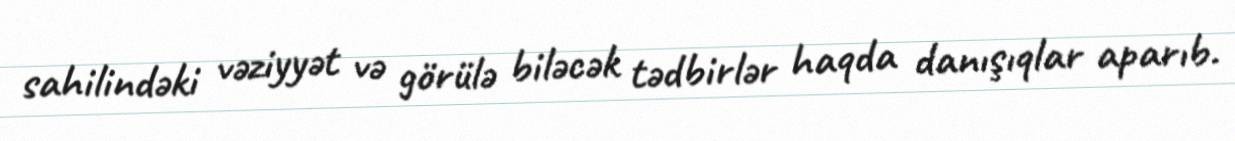
sahilindəki vəziyyət və görülə biləcək tədbirlər haqda danışıqlar aparıb.